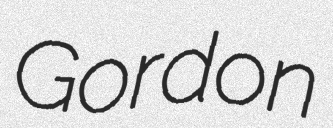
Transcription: Gordon